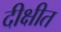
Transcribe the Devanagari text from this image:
दीक्षीत